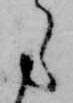
ら